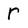
Character: r